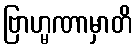
ဗြာဟ္မဏာမှာတိ